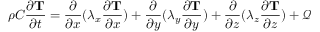
\rho C \frac { \partial \mathbf { T } } { \partial t } = \frac { \partial } { \partial x } ( \lambda _ { x } \frac { \partial \mathbf { T } } { \partial x } ) + \frac { \partial } { \partial y } ( \lambda _ { y } \frac { \partial \mathbf { T } } { \partial y } ) + \frac { \partial } { \partial z } ( \lambda _ { z } \frac { \partial \mathbf { T } } { \partial z } ) + \mathcal { Q }